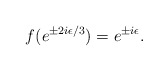
\begin{align*}f(e^{\pm 2i\epsilon/3}) = e^{\pm i \epsilon}.\end{align*}